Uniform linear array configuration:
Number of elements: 4
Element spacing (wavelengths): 0.5
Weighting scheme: hamming
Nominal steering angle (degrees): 60
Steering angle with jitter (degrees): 58.287
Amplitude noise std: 0.05
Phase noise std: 0.05

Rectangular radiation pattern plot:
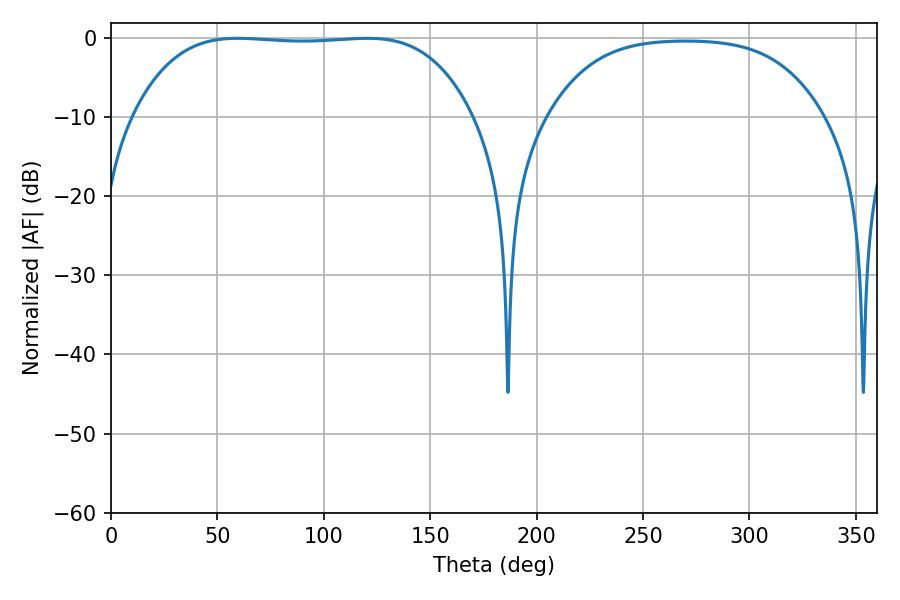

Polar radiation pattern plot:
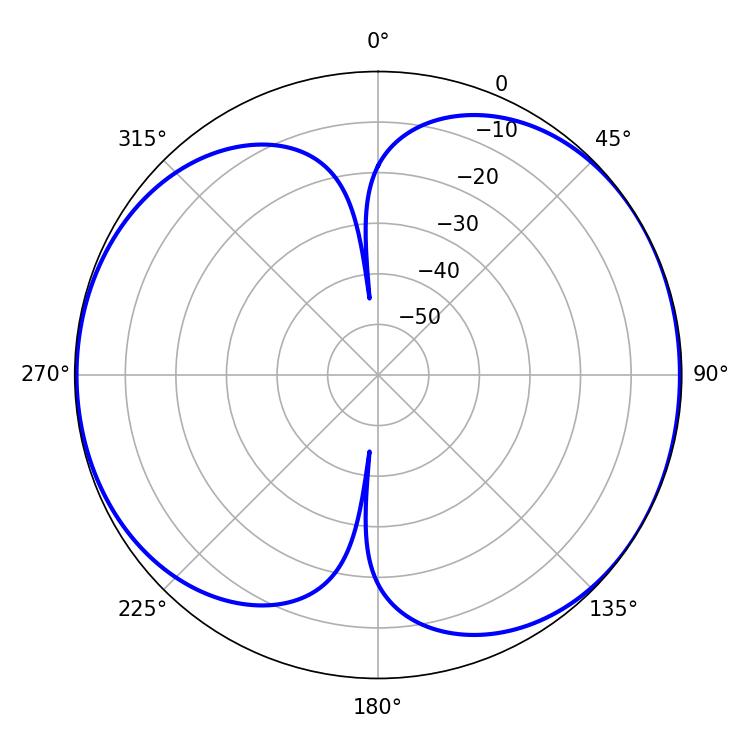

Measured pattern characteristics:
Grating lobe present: FALSE
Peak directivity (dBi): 6.503
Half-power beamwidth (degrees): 124.2
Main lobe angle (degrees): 59.58